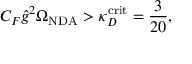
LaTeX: C _ { F } \hat { g } ^ { 2 } \Omega _ { \mathrm { N D A } } > \kappa _ { D } ^ { \mathrm { c r i t } } = \frac { 3 } { 2 0 } ,